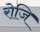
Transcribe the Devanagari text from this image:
रोजि